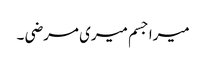
میرا جسم میری مرضی ۔